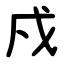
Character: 戍